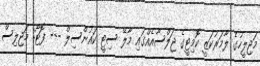
މަޖިލީހުގެ ލާމަރުކަޒީ ކޮމިޓީގެ ޖަލްސާއެއްގައި މާލޭ ސިޓީ ކައުންސިލް --- ފޮޓޯ: މަޖިލިސް